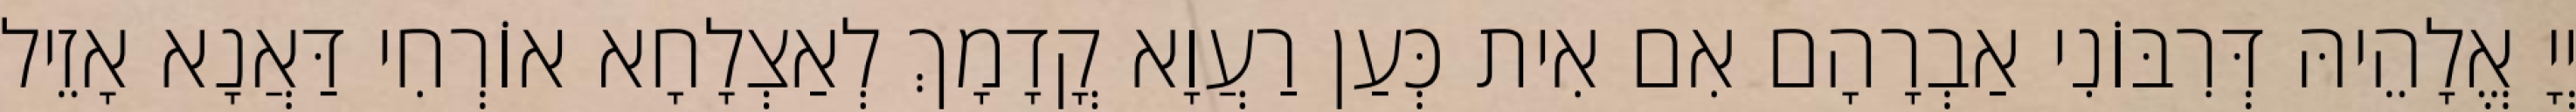
יְיָ אֱלָהֵיהּ דְּרִבּוֹנִי אַבְרָהָם אִם אִית כְּעַן רַעֲוָא קֳדָמָךְ לְאַצְלָחָא אוֹרְחִי דַּאֲנָא אָזֵיל